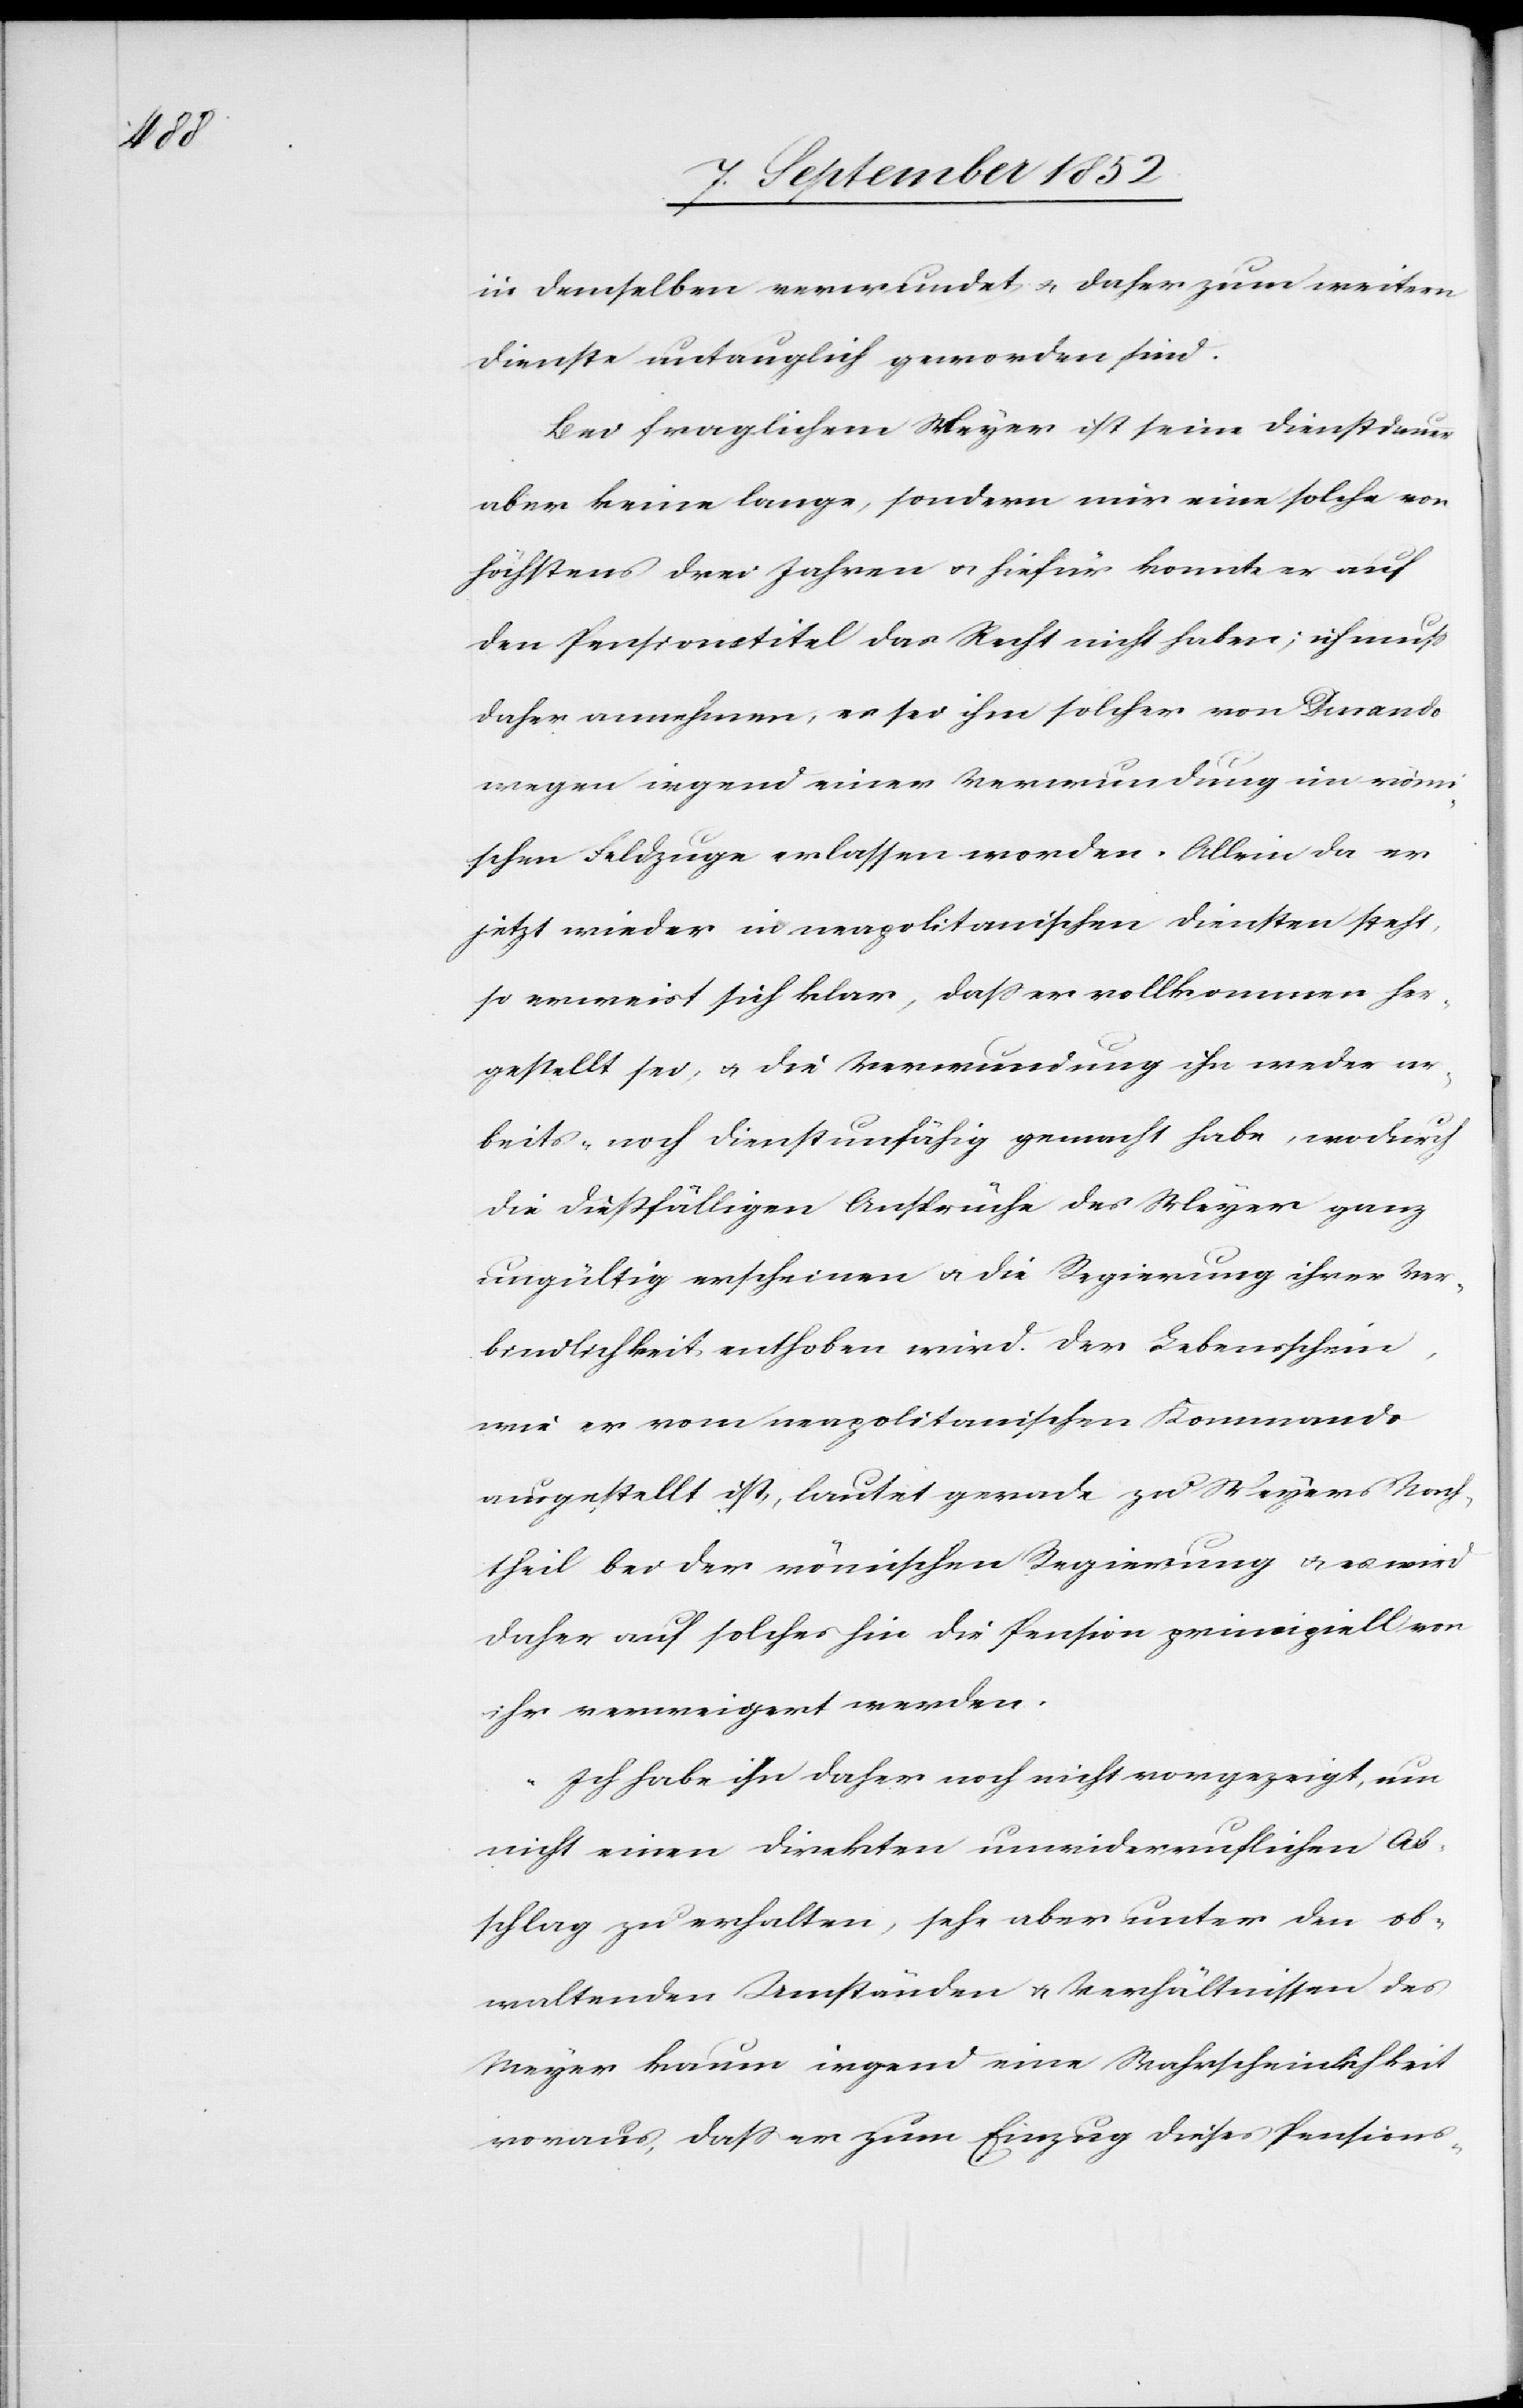
in demselben verwundet & daher zum weitern
Dienste untauglich geworden sind.
Bei fraglichem Meyer [sic!] ist seine Dienstdauer
aber keine lange, sondern nur eine solche von
höchstens drei Jahren & hiefür konnte er auf
den Pensionstitel das Recht nicht haben; ich muss
daher annehmen, es sei ihm solcher von Dinando
wegen irgend einer Verwundung im römi¬
schen Feldzuge erlassen worden. Allein da er
jetzt wieder in neapolitanischen Diensten steht,
so erweist sich klar, dass er vollkommen her¬
gestellt sei, & die Verwundung ihn weder ar¬
beits- noch dienstunfähig gemacht habe, wodurch
die dießfälligen Ansprüche des Meyer ganz
ungültig erscheinen & die Regierung ihrer Ver¬
bindlichkeit enthoben wird. Der Lebensschein,
wie er vom neapolitanischen Kommando
ausgestellt ist, lautet gerade zu Meyers Nach¬
theil bei der römischen Regierung & es wird
daher auf solches hin die Pension principiell von
ihr verweigert werden.
Ich habe ihn daher noch nicht vorgezeigt, um
nicht einen direkten unwiderruflichen Ab¬
schlag zu erhalten, sehe aber unter den ob¬
waltenden Umständen & Verhältnissen des
Meyer kaum irgend eine Wahrscheinlichkeit
voraus, dass er zum Einzug dieses Pensions-